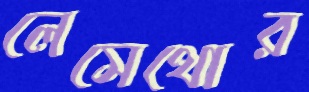
লেসেথোর